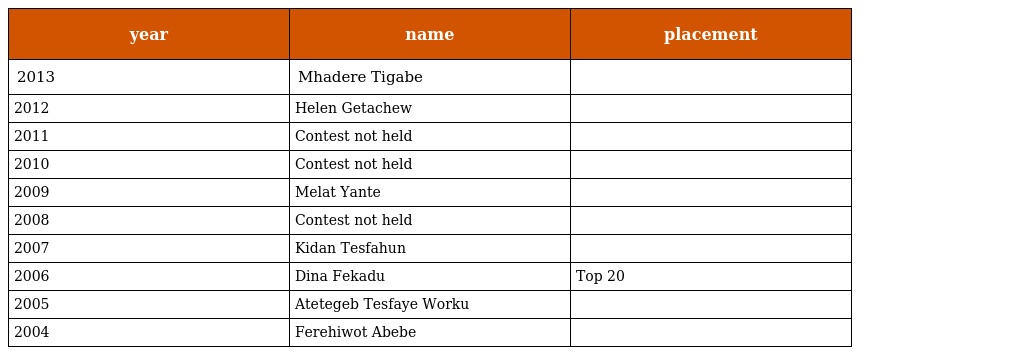
| year | name | placement |
 | --- | --- | --- |
 | 2013 | Mhadere Tigabe |  |
 | 2012 | Helen Getachew |  |
 | 2011 | Contest not held |  |
 | 2010 | Contest not held |  |
 | 2009 | Melat Yante |  |
 | 2008 | Contest not held |  |
 | 2007 | Kidan Tesfahun |  |
 | 2006 | Dina Fekadu | Top 20 |
 | 2005 | Atetegeb Tesfaye Worku |  |
 | 2004 | Ferehiwot Abebe |  |